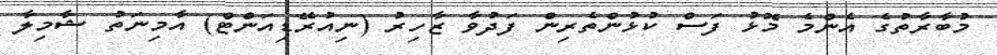
މުބާރާތުގެ އެންމެ މޮޅު ފަސް ކުޅުންތެރިން ފަދުވާ ޒާހިރު (ނިއުރޭޑިއަންޓް) އާމިނަތު ޝާމިލާ